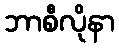
ဘာစီလိုနာ